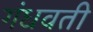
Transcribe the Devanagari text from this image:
गंधवती